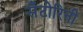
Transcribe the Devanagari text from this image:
सँटोरिनी